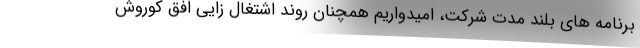
برنامه های بلند مدت شرکت، امیدواریم همچنان روند اشتغال زایی افق کوروش